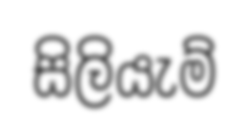
සිලියැම්